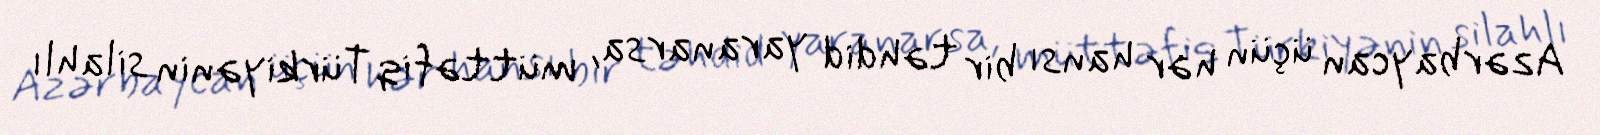
Azərbaycan üçün hər hansı bir təhdid yaranarsa, müttəfiq Türkiyənin silahlı